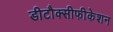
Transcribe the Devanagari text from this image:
डीटौक्सीफीकेशन